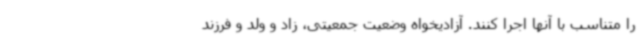
را متناسب با آنها اجرا کنند. آزادیخواه وضعیت جمعیتی، زاد و ولد و فرزند